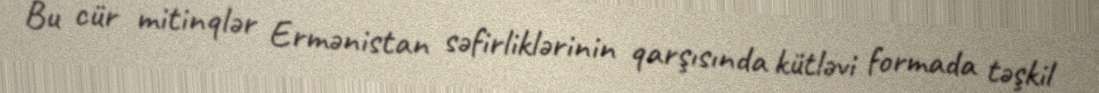
Bu cür mitinqlər Ermənistan səfirliklərinin qarşısında kütləvi formada təşkil